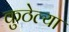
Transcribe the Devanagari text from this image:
कुठेल्या